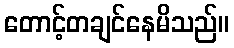
တောင့်တချင်နေမိသည်။